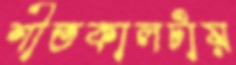
শীতকালটায়